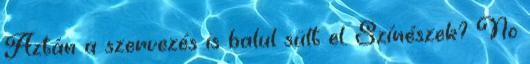
Aztán a szervezés is balul sült el. Színészek? No